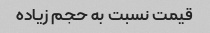
قیمت نسبت به حجم زیاده